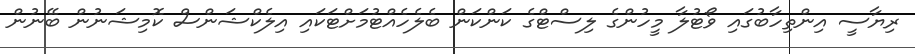
ރިޔާސީ އިންތިހާބުގައި ވޯޓުލާ މީހުންގެ ލިސްޓްގެ ކަންކަން ބެލެހެއްޓުމަށްޓަކައި އިލެކްޝަންސް ކޮމިޝަނުން ބޭނުން